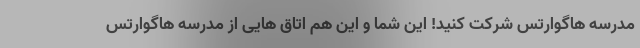
مدرسه هاگوارتس شرکت کنید! این شما و این هم اتاق هایی از مدرسه هاگوارتس